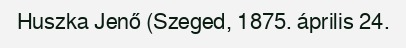
Huszka Jenő (Szeged, 1875. április 24.